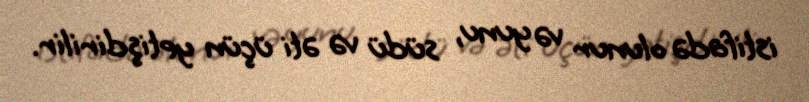
istifadə olunur və yunu, südü və əti üçün yetişdirilir.